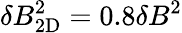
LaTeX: \delta B_{\mathrm{2D}}^{2}=0.8\delta B^{2}